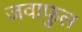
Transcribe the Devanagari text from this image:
जवाफुल